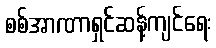
စစ်အာဏာရှင်ဆန့်ကျင်ရေး